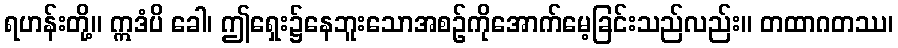
ရဟန်းတို့။ ဣဒံပိ ခေါ၊ ဤရှေး၌နေဘူးသောအစဉ်ကိုအောက်မေ့ခြင်းသည်လည်း။ တထာဂတဿ၊